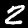
Label: 2